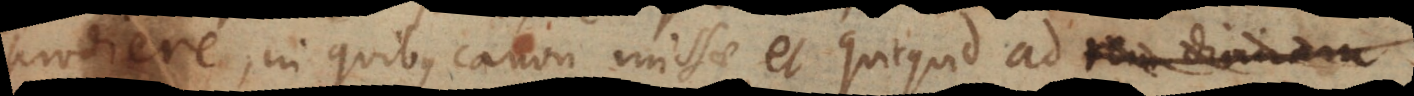
prodiere, in quibus canon missae et quicquid ad rem